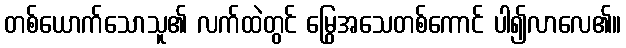
တစ်ယောက်သောသူ၏ လက်ထဲတွင် မြွေအသေတစ်ကောင် ပါ၍လာလေ၏။